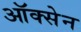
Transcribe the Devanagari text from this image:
ऑक्सेन